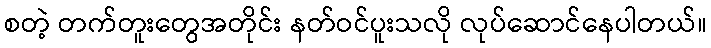
စတဲ့ တက်တူးတွေအတိုင်း နတ်ဝင်ပူးသလို လုပ်ဆောင်နေပါတယ်။